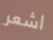
اشعر